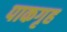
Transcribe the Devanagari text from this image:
पाकगृह